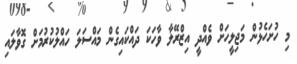
މި ހުށަހެޅުން މަޖިލީހަށް ވެއްދީ އިޒްރޭލާ ވާހަކަ ދައްކައިގެން މައްސަލަ ހައްލުކުރުމަށް ގޮވާލައި